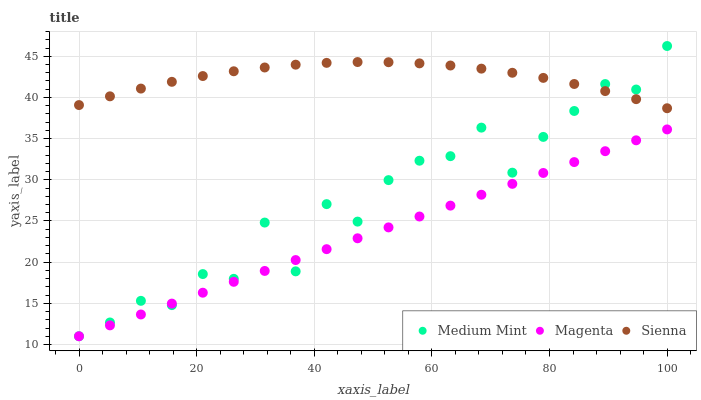
| xaxis_label | Medium Mint | Magenta | Sienna |
 | --- | --- | --- | --- |
 | 0 | 11 | 11 | 39.1 |
 | 5.26 | 12.7 | 12.3 | 40.1 |
 | 10.5 | 15.3 | 13.6 | 41.1 |
 | 15.8 | 14.8 | 15 | 41.9 |
 | 21.1 | 18.6 | 16.3 | 42.6 |
 | 26.3 | 18 | 17.6 | 43.2 |
 | 31.6 | 24.8 | 18.9 | 43.6 |
 | 36.8 | 18.9 | 20.3 | 44 |
 | 42.1 | 27 | 21.6 | 44.2 |
 | 47.4 | 24.9 | 22.9 | 44.3 |
 | 52.6 | 30 | 24.2 | 44.3 |
 | 57.9 | 32.3 | 25.5 | 44.1 |
 | 63.2 | 32.9 | 26.9 | 43.9 |
 | 68.4 | 36.3 | 28.2 | 43.5 |
 | 73.7 | 30.9 | 29.5 | 43 |
 | 78.9 | 35.2 | 30.8 | 42.4 |
 | 84.2 | 38.4 | 32.2 | 41.6 |
 | 89.5 | 41.6 | 33.5 | 40.8 |
 | 94.7 | 41 | 34.8 | 39.8 |
 | 100 | 46.2 | 36.1 | 38.7 |